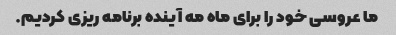
ما عروسی خود را برای ماه مه آینده برنامه ریزی کردیم.